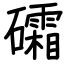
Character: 礵